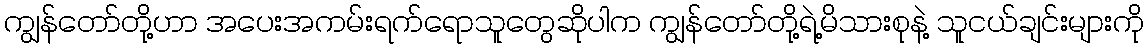
ကျွန်တော်တို့ဟာ အပေးအကမ်းရက်ရောသူတွေဆိုပါက ကျွန်တော်တို့ရဲ့မိသားစုနဲ့ သူငယ်ချင်းများကို